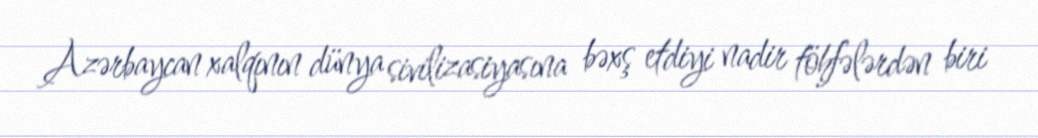
Azərbaycan xalqının dünya sivilizasiyasına bəxş etdiyi nadir töhfələrdən biri